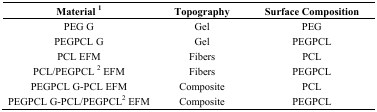
<table><thead><tr><td><b>Material <sup>1</sup></b></td><td><b>Topography</b></td><td><b>Surface Composition</b></td></tr></thead><tbody><tr><td>PEG G</td><td>Gel</td><td>PEG</td></tr><tr><td>PEGPCL G</td><td>Gel</td><td>PEGPCL</td></tr><tr><td>PCL EFM</td><td>Fibers</td><td>PCL</td></tr><tr><td>PCL/PEGPCL <sup>2</sup> EFM</td><td>Fibers</td><td>PEGPCL</td></tr><tr><td>PEGPCL G-PCL EFM</td><td>Composite</td><td>PCL</td></tr><tr><td>PEGPCL G-PCL/PEGPCL<sup>2</sup> EFM</td><td>Composite</td><td>PEGPCL</td></tr></tbody></table>